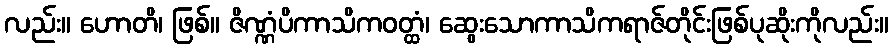
လည်း။ ဟောတိ၊ ဖြစ်။ ဇိဏ္ဏံပိကာသိကဝတ္ထံ၊ ဆွေးသောကာသိကရာဇ်တိုင်းဖြစ်ပုဆိုးကိုလည်း။